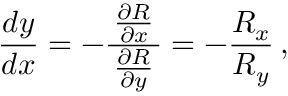
{ \frac { d y } { d x } } = - { \frac { \, { \frac { \partial R } { \partial x } } \, } { \frac { \partial R } { \partial y } } } = - { \frac { R _ { x } } { R _ { y } } } \, ,